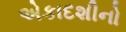
એકાદશીનો